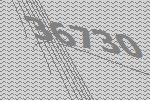
36730